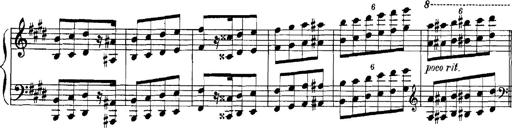
Title: Rhapsodies hongroises
Composer: Franz Liszt